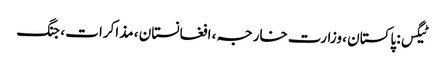
ٹیگس: پاکستان ، وزارت خارجہ ، افغانستان ، مذاکرات ، جنگ